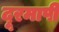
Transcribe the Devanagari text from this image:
दूरमापी